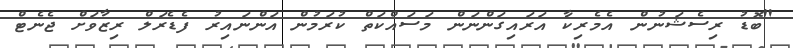
"ބޮޑު ރިސެޝަނުން އެމެރިކާ އަރައިގަންނަން މަސައްކަތް ކުރަމުން އަންނައިރު ފެޑެރަލް ރިޒާވަށް ޖެނެޓް